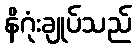
နိဂုံးချုပ်သည်